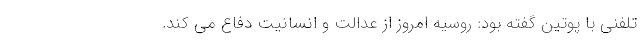
تلفنی با پوتین گفته بود: روسیه امروز از عدالت و انسانیت دفاع می کند.